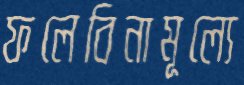
ফলেবিনামূল্যে